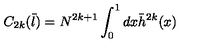
C _ { 2 k } ( { \bar { l } } ) = N ^ { 2 k + 1 } \int _ { 0 } ^ { 1 } d x { \bar { h } } ^ { 2 k } ( x )